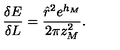
\frac { \delta E } { \delta L } = \frac { { \hat { r } } ^ { 2 } e ^ { h _ { M } } } { 2 \pi z _ { M } ^ { 2 } } .